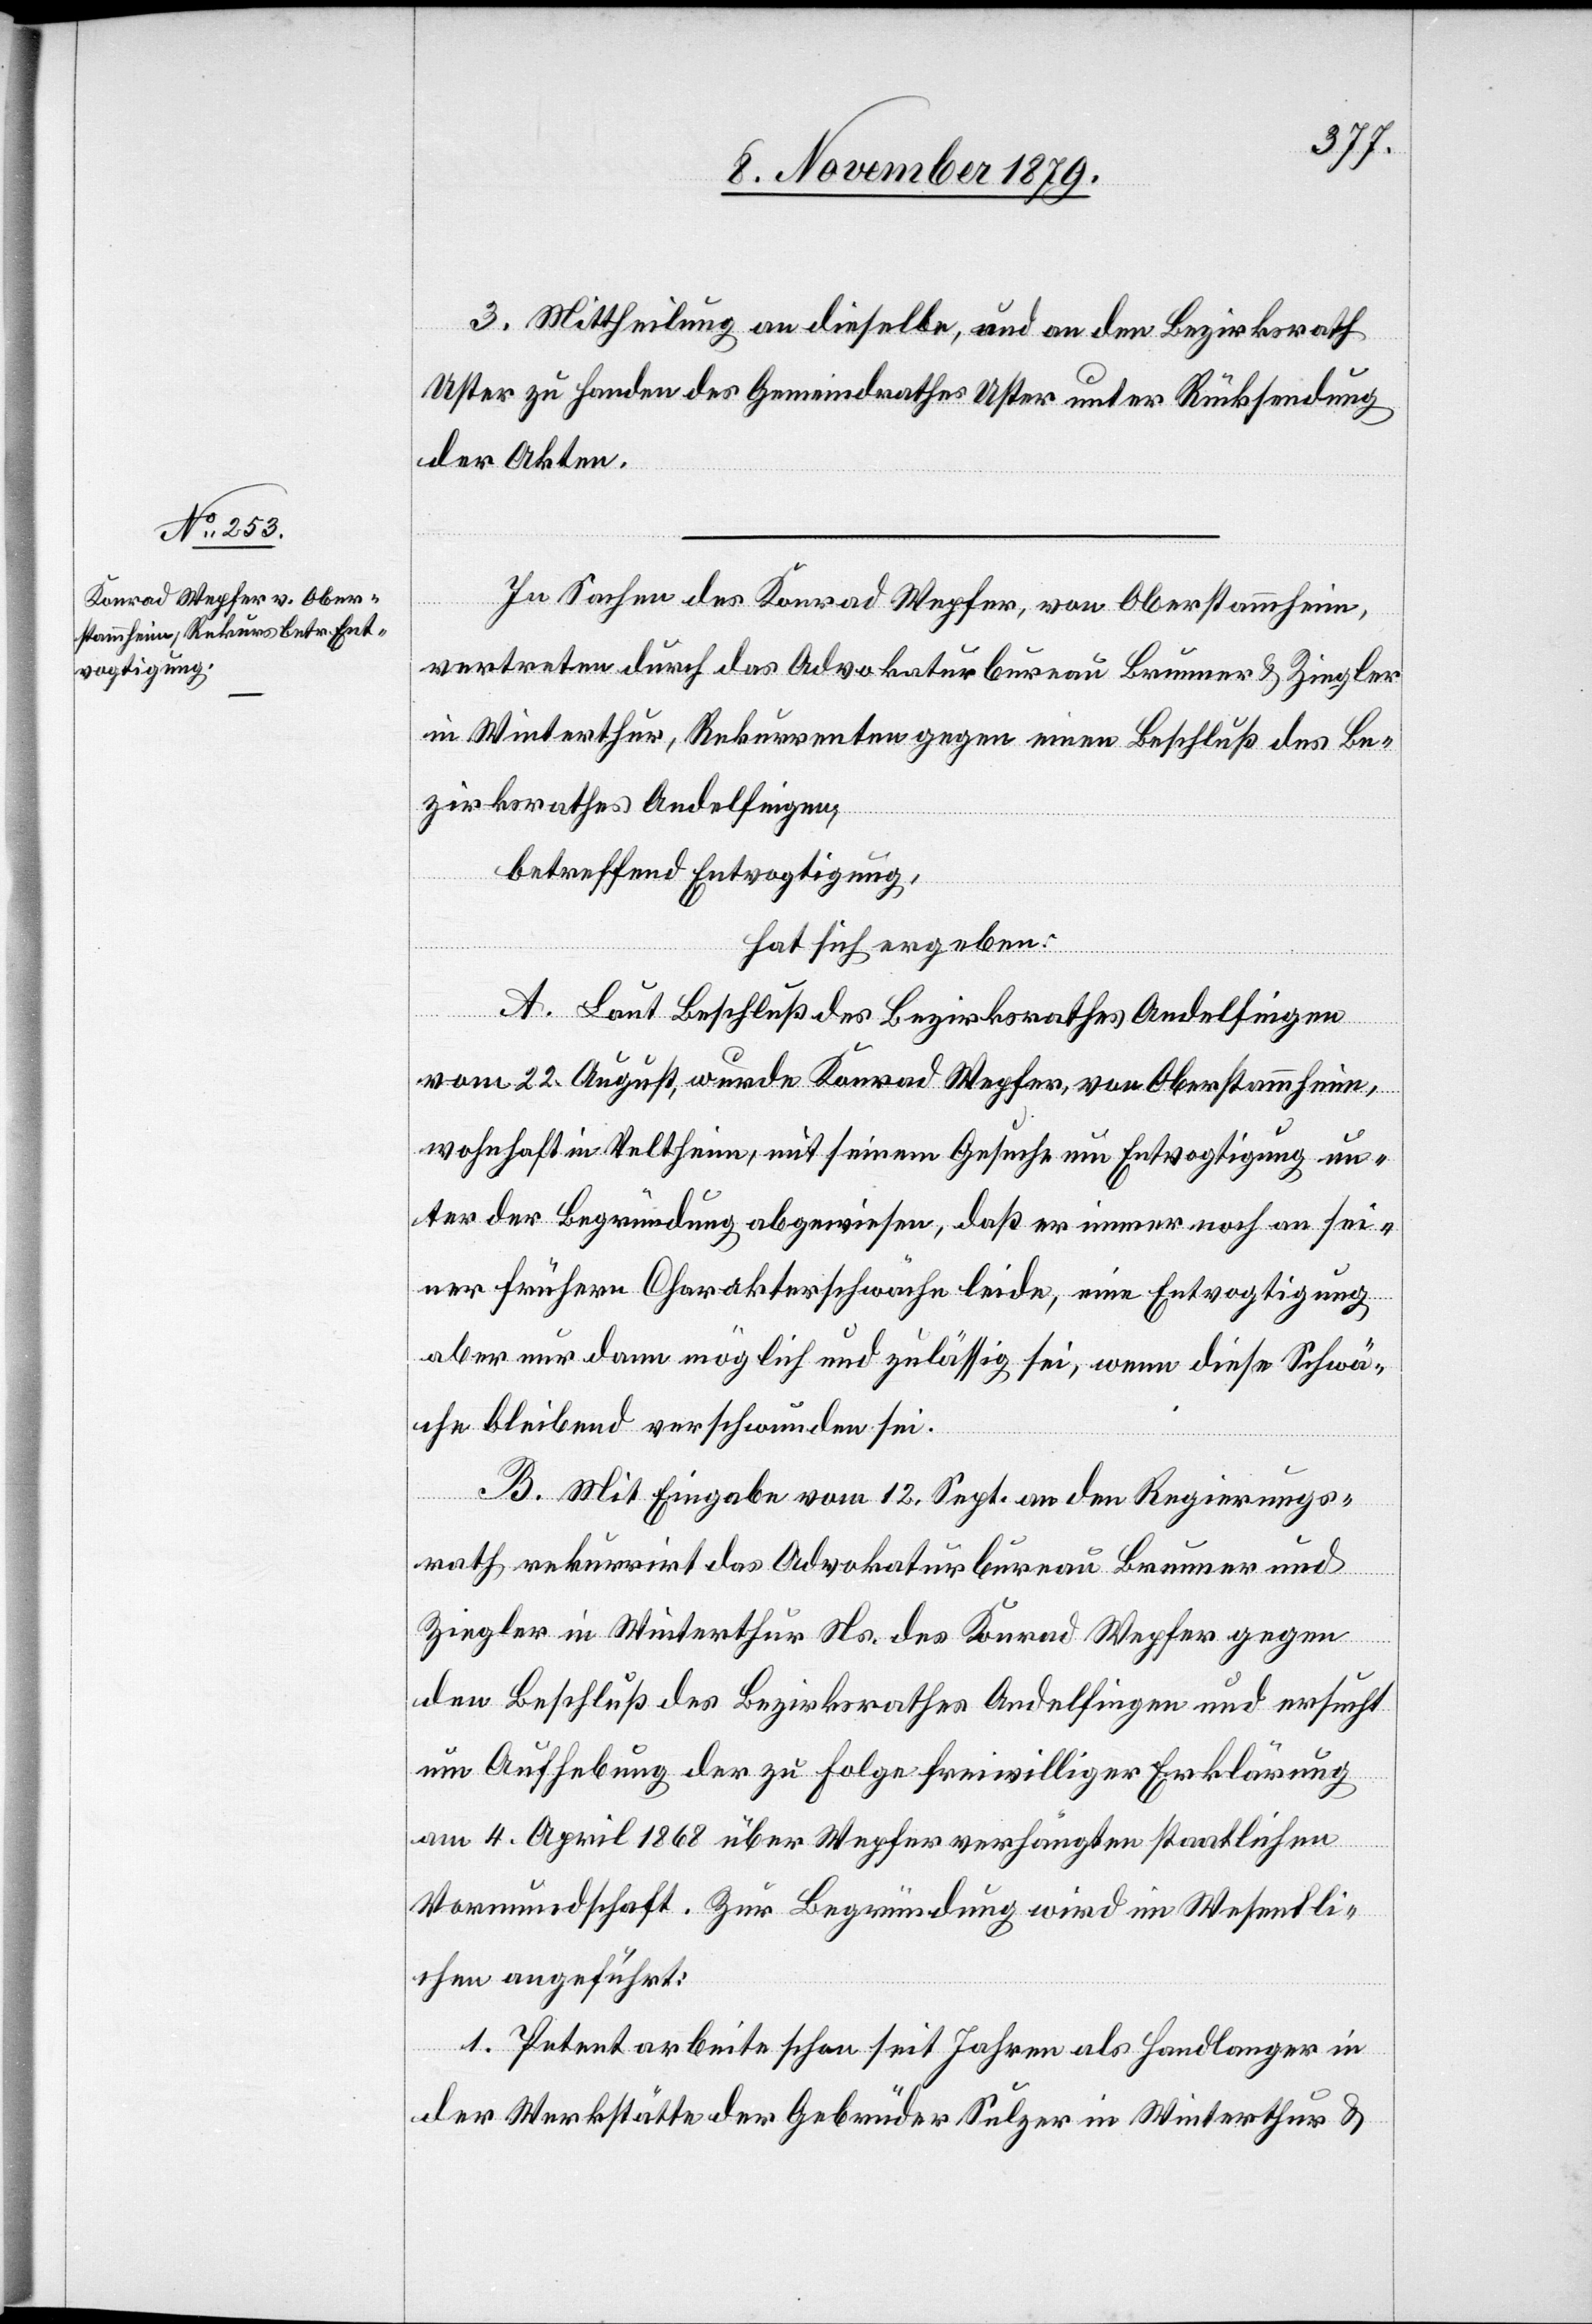
III. Mittheilung an dieselbe, und an den Bezirksrath
Uster zu Handen des Gemeindrathes Uster unter Rücksendung
der Akten.
In Sachen des Konrad Wepfer, von Oberstammheim,
vertreten durch das Advokaturbureau Brunner & Ziegler
in Winterthur, Rekurrenten gegen einen Beschluß des Be¬
zirksrathes Andelfingen,
betreffend Entvogtigung
hat sich ergeben:
A. Laut Beschluß des Bezirksrathes Andelfingen
vom 22. August, wurde Konrad Wepfer, von Oberstammheim,
wohnhaft in Veltheim, mit seinem Gesuche um Entvogtigung un¬
ter der Begründung abgewiesen, daß er immer noch an sei¬
ner frühern Charakterschwäche leide, eine Entvogtigung
aber nur dann möglich und zulässig sei, wenn diese Schwä¬
che bleibend verschwunden sei.
B. Mit Eingabe vom 12. Sept. an den Regierungs¬
rath rekurrirt das Advokaturbureau Brunner und
Ziegler in Winterthur Ns. des Konrad Wepfer gegen
den Beschluß des Bezirksrathes Andelfingen und ersucht
um Aufhebung der zu Folge freiwilliger Erklärung
am 4. April 1868 über Wepfer verhängten staatlichen
Vormundschaft. Zur Begründung wird im Wesentli¬
chen angeführt:
1. Petent arbeite schon seit Jahren als Handlanger in
der Werkstätte der Gebrüder Sulzer in Winterthur &